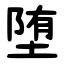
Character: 堕